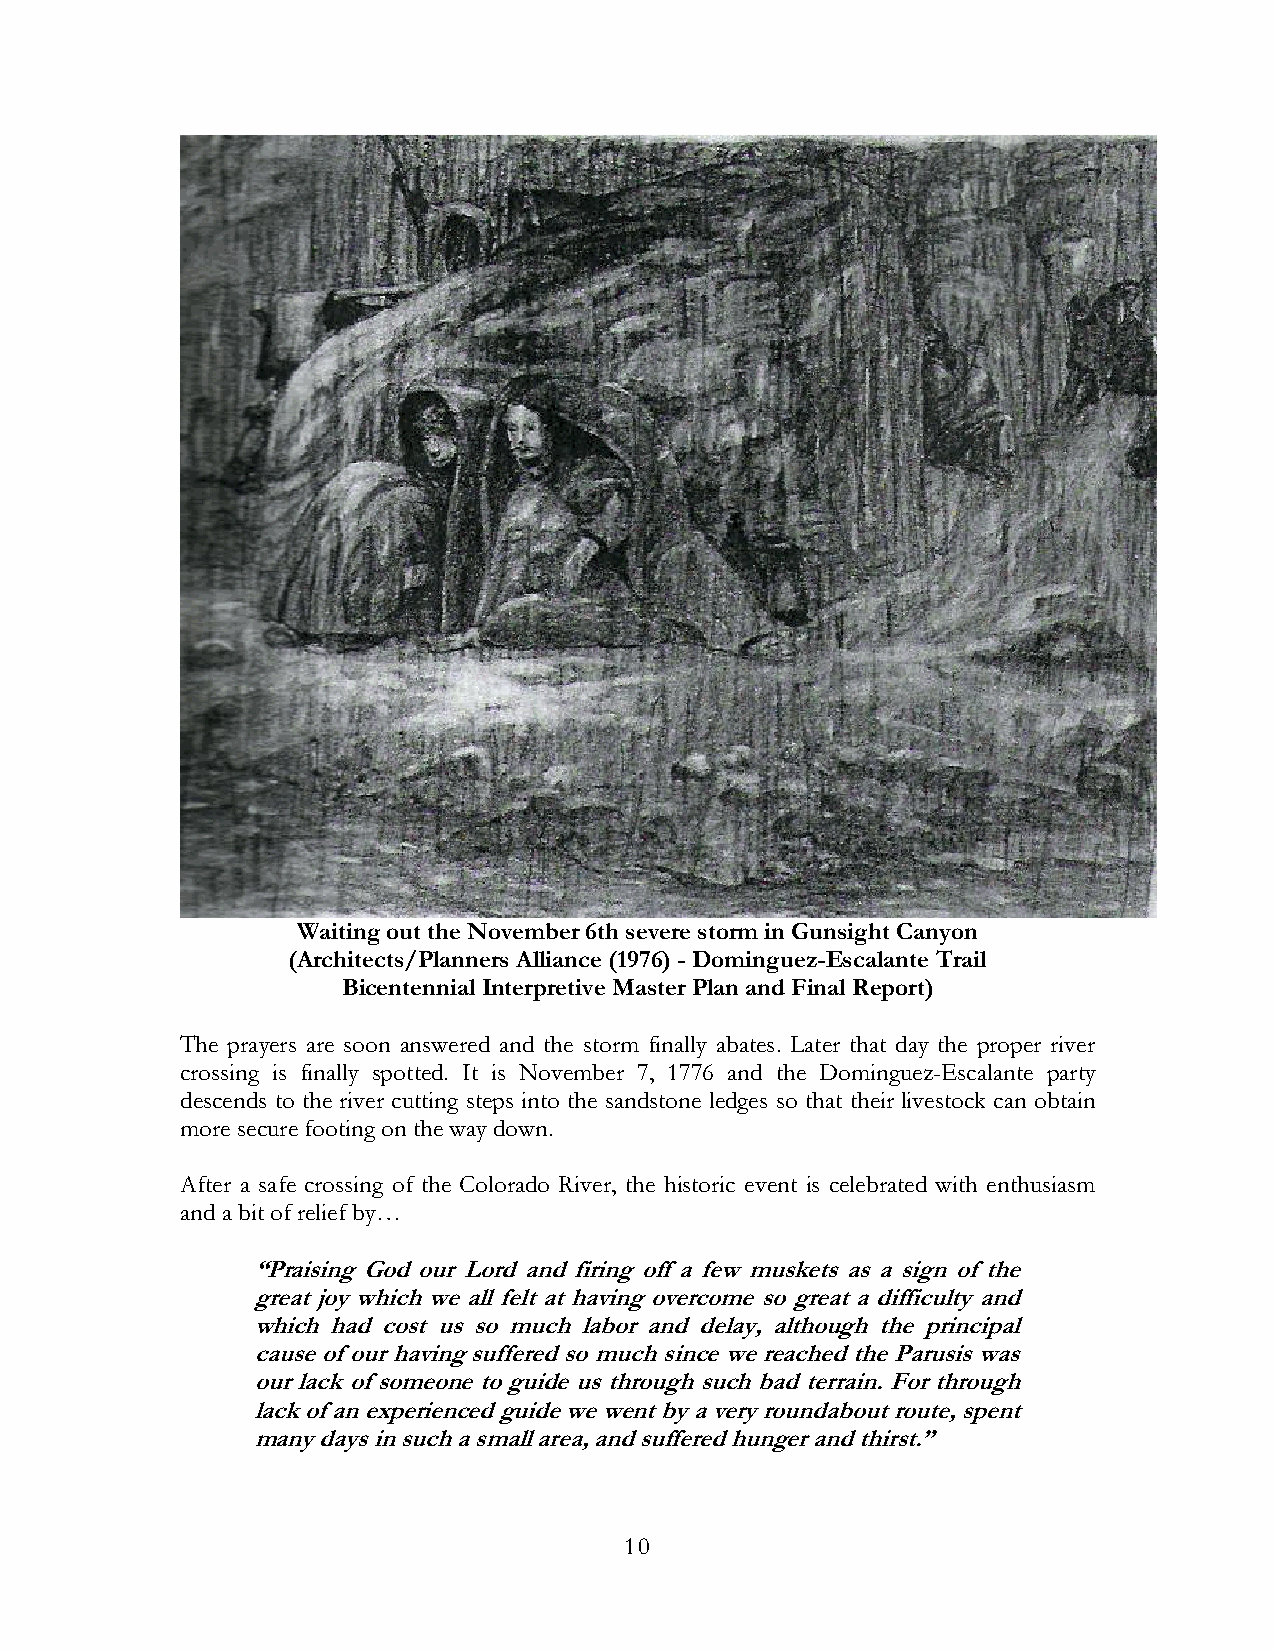
Waiting out the November 6th severe storm in Gunsight Canyon
 (Architects/Planners Alliance (1976) - Dominguez-Escalante Trail
 Bicentennial Interpretive Master Plan and Final Report)
 The prayers are soon answered and the storm finally abates. Later that day the proper river
 crossing is finally spotted. It is November 7, 1776 and the Dominguez-Escalante party
 descends to the river cutting steps into the sandstone ledges so that their livestock can obtain
 more secure footing on the way down.
 After a safe crossing of the Colorado River, the historic event is celebrated with enthusiasm
 and a bit of relief by…
 “Praising God our Lord and firing off a few muskets as a sign of the
 great joy which we all felt at having overcome so great a difficulty and
 which had cost us so much labor and delay, although the principal
 cause of our having suffered so much since we reached the Parusis was
 our lack of someone to guide us through such bad terrain. For through
 lack of an experienced guide we went by a very roundabout route, spent
 many days in such a small area, and suffered hunger and thirst.”
 10